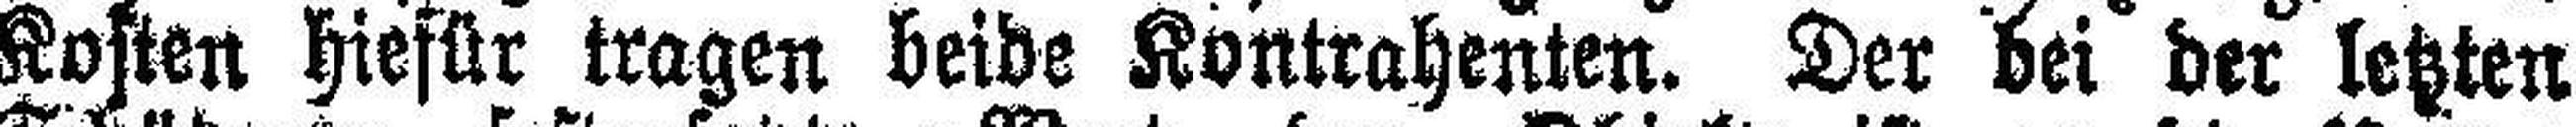
Kosten hiefür tragen beide Kontrahenten. Der bei der letzten